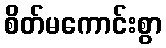
စိတ်မကောင်းစွာ